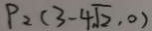
P _ { 2 } ( 3 - 4 \sqrt { 2 } \cdot 0 )